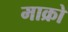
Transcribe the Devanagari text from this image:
माक्रो